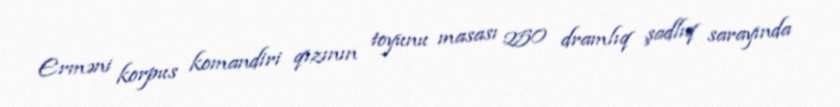
Erməni korpus komandiri qızının toyunu masası 250 dramlıq şadlıq sarayında